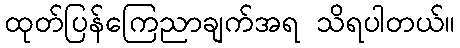
ထုတ်ပြန်ကြေညာချက်အရ သိရပါတယ်။